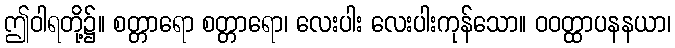
ဤဝါရတို့၌။ စတ္တာရော စတ္တာရော၊ လေးပါး လေးပါးကုန်သော။ ဝဝတ္ထာပနနယာ၊